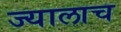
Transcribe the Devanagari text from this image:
ज्यालाच